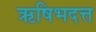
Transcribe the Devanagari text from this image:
ऋषिभदत्त